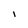
Character: 1